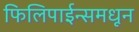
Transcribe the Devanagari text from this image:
फिलिपाईन्समधून